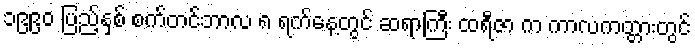
၁၉၉၀ ပြည့်နှစ် စက်တင်ဘာလ ၈ ရက်နေ့တွင် ဆရာကြီး ထရီဇာ က ကာလကတ္တားတွင်